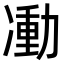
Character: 𠘃